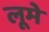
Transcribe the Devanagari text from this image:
लूमे